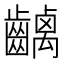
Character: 𪙥